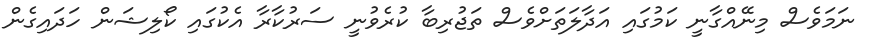
ނަމަވެސް މިނޭއްގާނީ ކަމުގައި އަދާލަތަށްވެސް ތަޖުރިބާ ކުރެވުނީ ސަރުކާރާ އެކުގައި ކޯލިޝަން ހަދައިގެން